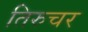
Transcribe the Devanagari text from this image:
तिरुचर